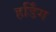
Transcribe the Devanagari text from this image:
हर्डिंग